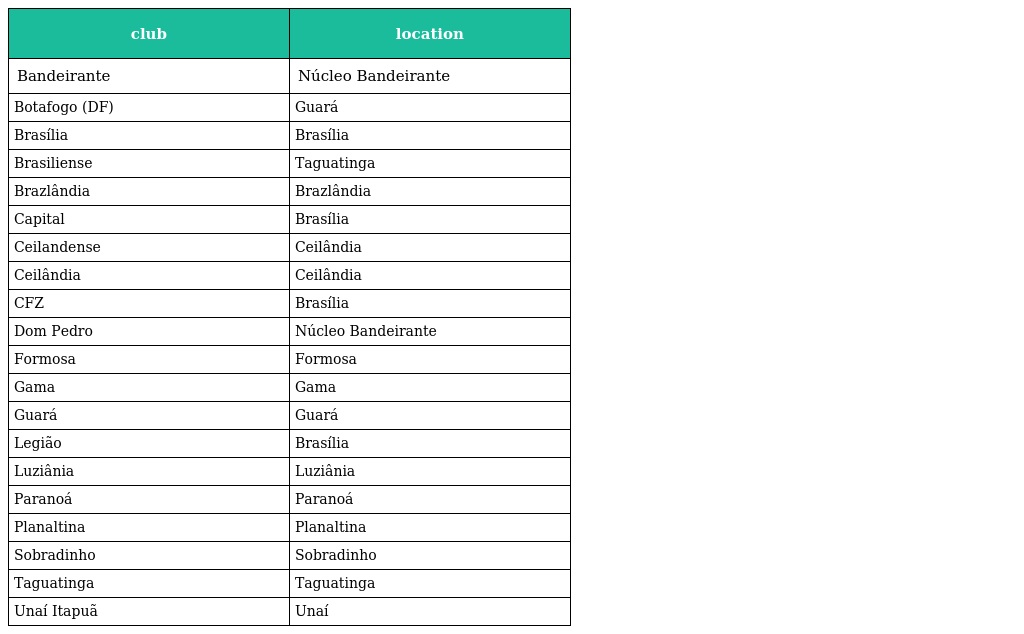
| club | location |
 | --- | --- |
 | Bandeirante | Núcleo Bandeirante |
 | Botafogo (DF) | Guará |
 | Brasília | Brasília |
 | Brasiliense | Taguatinga |
 | Brazlândia | Brazlândia |
 | Capital | Brasília |
 | Ceilandense | Ceilândia |
 | Ceilândia | Ceilândia |
 | CFZ | Brasília |
 | Dom Pedro | Núcleo Bandeirante |
 | Formosa | Formosa |
 | Gama | Gama |
 | Guará | Guará |
 | Legião | Brasília |
 | Luziânia | Luziânia |
 | Paranoá | Paranoá |
 | Planaltina | Planaltina |
 | Sobradinho | Sobradinho |
 | Taguatinga | Taguatinga |
 | Unaí Itapuã | Unaí |